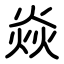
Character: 焱